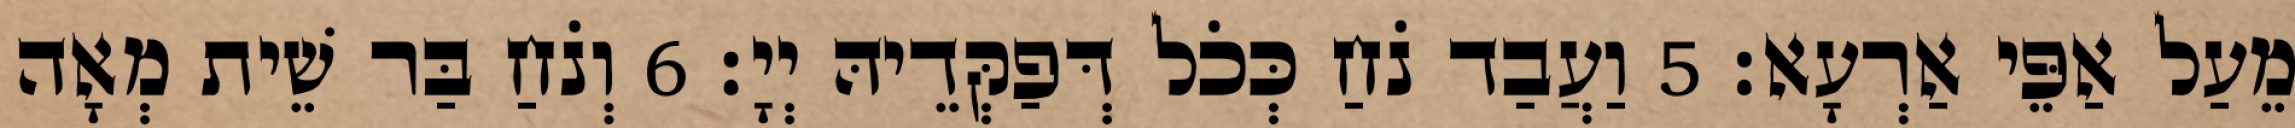
מֵעַל אַפֵּי אַרְעָא׃ 5 וַעֲבַד נֹחַ כְּכֹל דְּפַקְּדֵיהּ יְיָ׃ 6 וְנֹחַ בַּר שֵׁית מְאָה